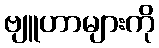
ဗျူဟာများကို